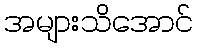
အများသိအောင်